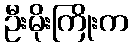
ဦးမိုးကြိုးက